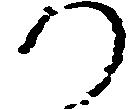
つ